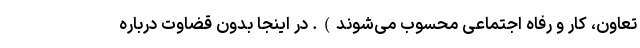
تعاون، کار و رفاه اجتماعی محسوب می‌شوند). در اینجا بدون قضاوت درباره